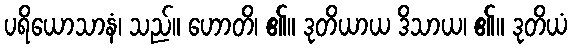
ပရိယောသာနံ၊ သည်။ ဟောတိ၊ ၏။ ဒုတိယာယ ဒိသာယ၊ ၏။ ဒုတိယံ